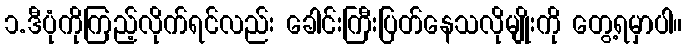
၁.ဒီပုံကိုကြည့်လိုက်ရင်လည်း ခေါင်းကြီးပြတ်နေသလိုမျိုးကို တွေ့ရမှာပါ။